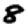
Digit: 8